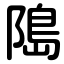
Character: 﨩